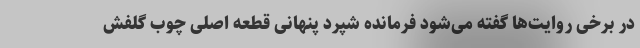
در برخی روایت‌ها گفته می‌شود فرمانده شپرد پنهانی قطعه اصلی چوب گلفش